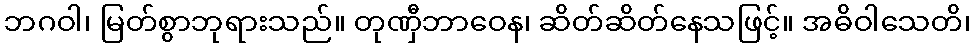
ဘဂဝါ၊ မြတ်စွာဘုရားသည်။ တုဏှီဘာဝေန၊ ဆိတ်ဆိတ်နေသဖြင့်။ အဓိဝါသေတိ၊